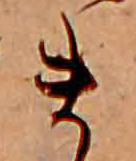
ま